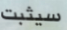
سيثبت